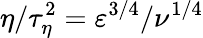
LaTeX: \eta/\tau_{\eta}^{2}=\varepsilon^{3/4}/\nu^{1/4}